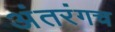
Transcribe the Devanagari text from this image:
अंतरंगच